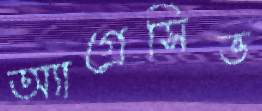
অ্যাগ্রেসিভ